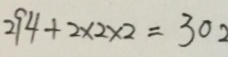
2 9 4 + 2 \times 2 \times 2 = 3 0 2